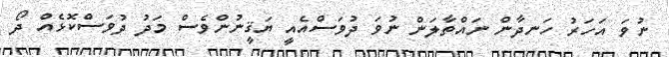
ނުވަ އަހަރު ހަނދާން ނައްތާލަން ނުވަ ދުވަސްއެއީ ޔަޤީނުންވެސް މަދު ދުވަސްކޮޅެއް ދޯ